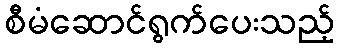
စီမံဆောင်ရွက်ပေးသည့်